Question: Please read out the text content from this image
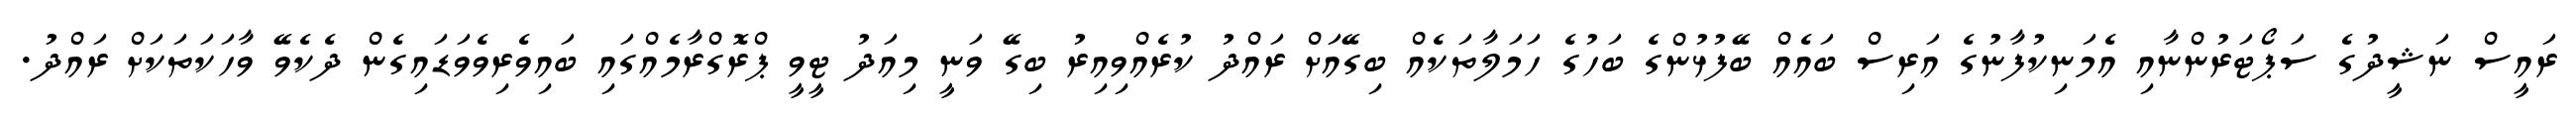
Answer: ރައީސް ނަޝީދުގެ ސަޕޯޓަރުންނާއި އެމަނިކުފާނުގެ އަރިސް ބައެއް ބޭފުޅުންގެ ބަހުގެ ހަމަލާތަކެއް ބިގޭއަށް ރައްދު ކުރެއްވިއިރު ބިގޭ ވަނީ މިއަދު ޓީވީ ޕްރޮގްރާމެއްގައި ބައިވެރިވެވަޑައިގެން ދެކެވޭ ވާހަކަތަކަށް ރައްދު.